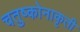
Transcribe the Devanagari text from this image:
चतुष्कोनाकृती